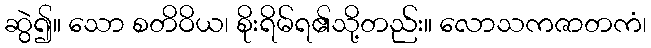
ဆွဲ၍။ သော စတိဝိယ၊ စိုးရိမ်ရ၏သို့တည်း။ လောသကဇာတကံ၊